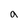
Character: a